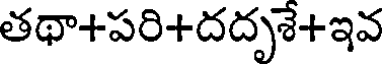
తథా+పరి+దదృశే+ఇవ